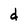
Character: d